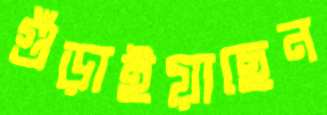
গুঁড়াইয়াছেন